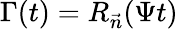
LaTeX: \Gamma(t)=R_{\vec{n}}(\Psi t)